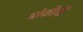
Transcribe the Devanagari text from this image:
बांकीची